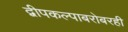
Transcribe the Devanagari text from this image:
द्वीपकल्पाबरोबरही